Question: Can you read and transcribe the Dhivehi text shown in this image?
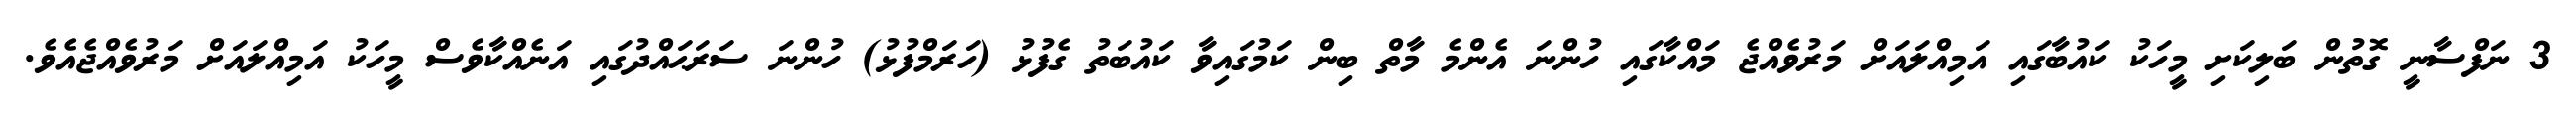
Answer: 3 ނަފްސާނީ ގޮތުން ބަލިކަށި މީހަކު ކައުބާގައި އަމިއްލައަށް މަރުވެއްޖެ މައްކާގައި ހުންނަ އެންމެ މާތް ބިން ކަމުގައިވާ ކައުބަތު ގެފުޅު (ހަރަމްފުޅު) ހުންނަ ސަރަޙައްދުގައި އަނެއްކާވެސް މީހަކު އަމިއްލައަށް މަރުވެއްޖެއެވެ.